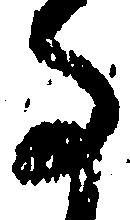
事